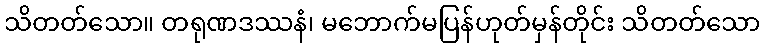
သိတတ်သော။ တရုဏဒဿနံ၊ မဘောက်မပြန်ဟုတ်မှန်တိုင်း သိတတ်သော